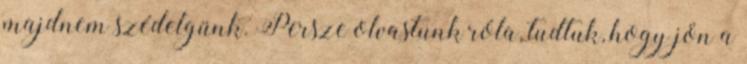
majdnem szédelgünk. Persze olvastunk róla, tudtuk, hogy jön a